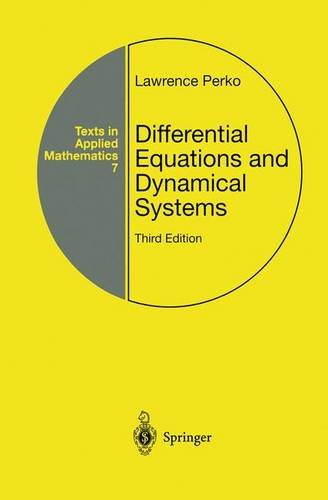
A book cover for Differential Equations and Dynamical Systems (Texts in Applied Mathematics); Lawrence Perko; Science & Math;